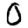
Digit: 0